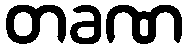
တခဏ